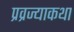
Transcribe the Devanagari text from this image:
प्रव्रज्याकथा